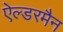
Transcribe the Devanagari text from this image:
ऐल्डरमैन